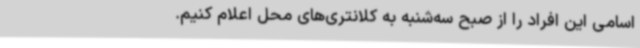
اسامی این افراد را از صبح سه‌شنبه به کلانتری‌های محل اعلام کنیم.